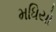
મધિયો